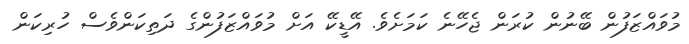
މުވައްޒަފުން ބޭނުން ކުރަން ޖެހޭނެ ކަމަށެވެ. އޭޑީކޭ އަށް މުވައްޒަފުންގެ ދަތިކަންވެސް ހުރިކަން